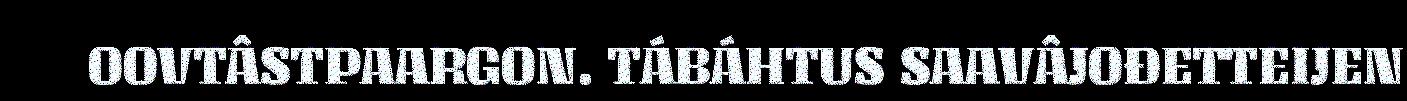
OOVTÂSTPAARGON. TÁBÁHTUS SAAVÂJOĐETTEIJEN